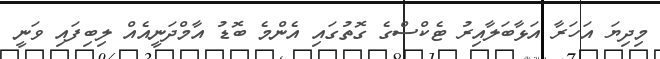
މިދިޔަ އަހަރާ އަޅާބަލާއިރު ޓެކްސްގެ ގޮތުގައި އެންމެ ބޮޑު އާމްދަނީއެއް ލިބިފައި ވަނީ